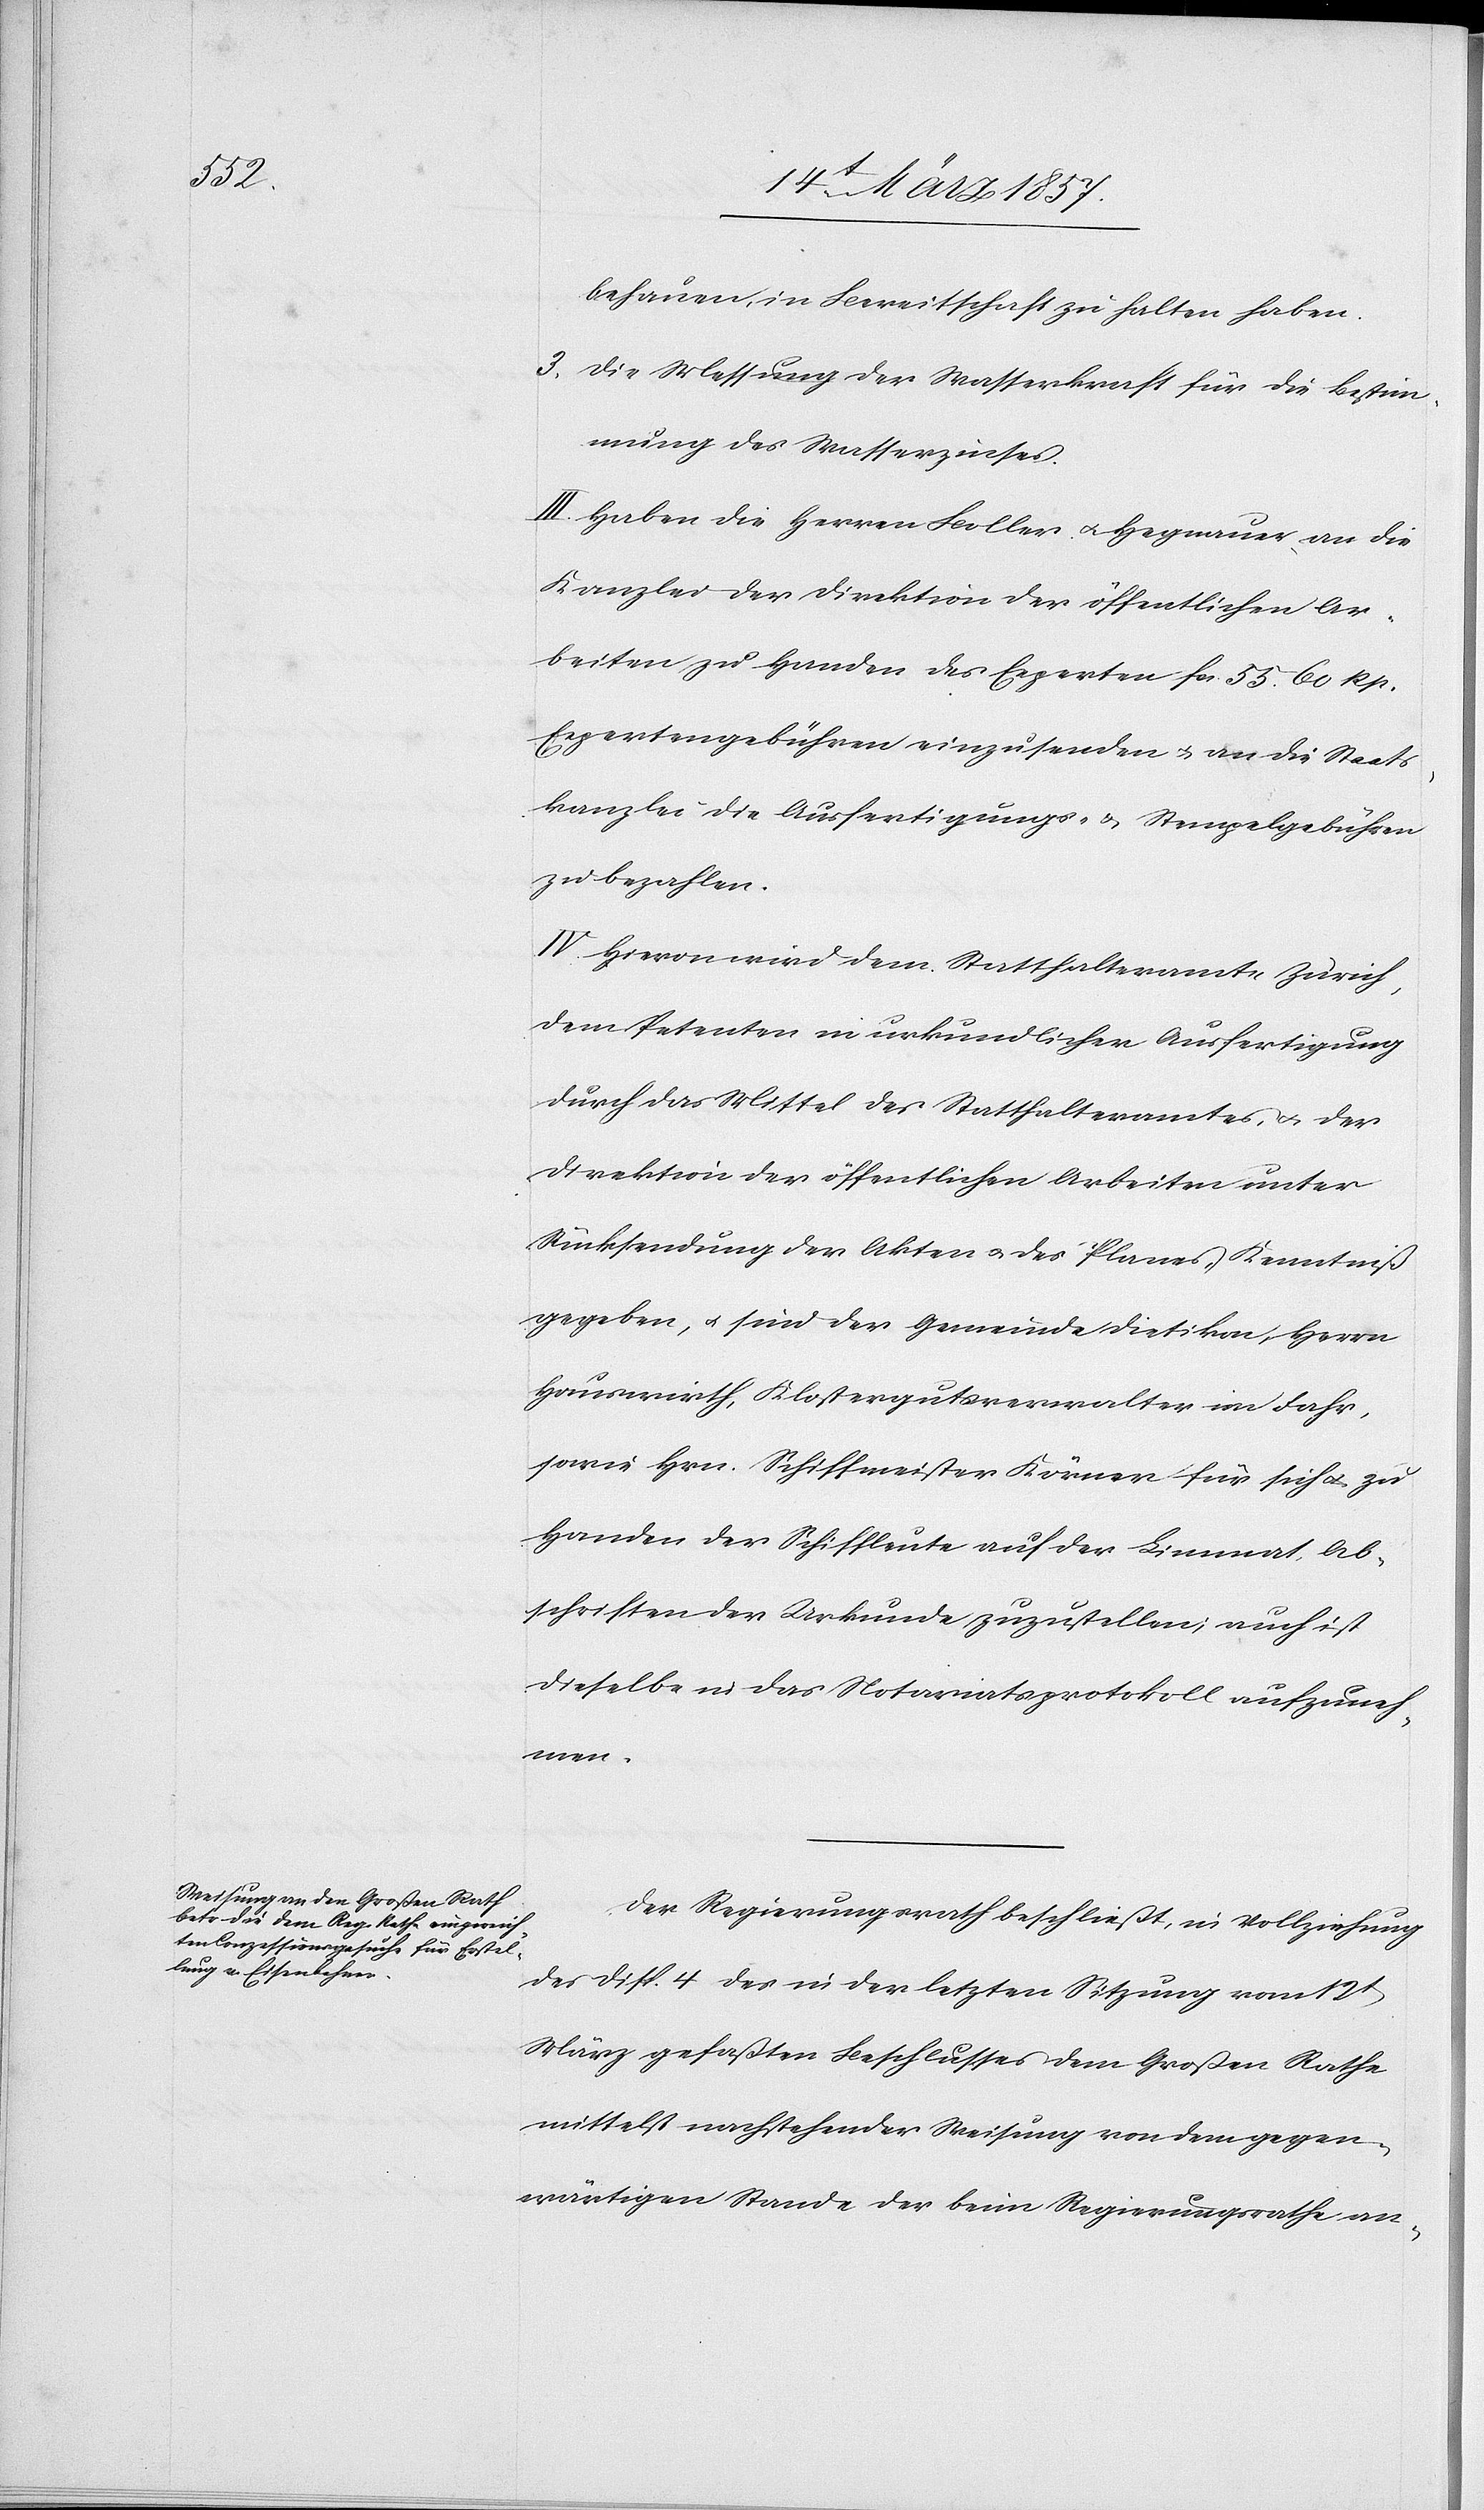
behauen, in Bereitschaft zu halten haben.
3. Die Messung der Wasserkraft für die Bestim¬
mung des Wasserzinses.
III. Haben die Herren Boller u. Hegnauer an die
Kanzlei der Direktion der öffentlichen Ar¬
beiten zu Handen des Experten fr. 55 60 Rp.
Expertengebühren einzusenden u. an die Staats¬
kanzlei die Ausfertigungs- u. Stempelgebühren
zu bezahlen.
IV. Hievon wird dem Statthalteramte Zürich,
dem Petenten in urkundlicher Ausfertigung
durch das Mittel des Statthalteramtes, u. der
Direktion der öffentlichen Arbeiten unter
Rücksendung der Akten u. des Planes, Kenntniß
gegeben, u. sind der Gemeinde Dietikon, Herrn
Hauswirth, Klostergutsverwalter in Fahr,
sowie Hrn. Schiffmeister Körner für sich u. zu
Handen der Schiffleute auf der Limmat, Ab¬
schriften der Urkunde zuzustellen; auch ist
dieselbe in das Notariatsprotokoll aufzuneh¬
men.
Der Regierungsrath beschließt, in Vollziehung
des Disp. 4 des in der letzten Sitzung vom 12t
März gefaßten Beschlusses dem Großen Rathe
mittelst nachstehender Weisung von dem gegen¬
wärtigen Stande der beim Regierungsrathe an-